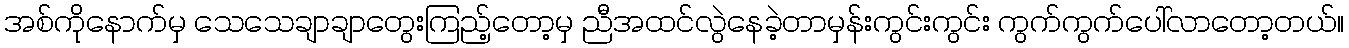
အစ်ကိုနောက်မှ သေသေချာချာတွေးကြည့်တော့မှ ညီအထင်လွဲနေခဲ့တာမှန်းကွင်းကွင်း ကွက်ကွက်ပေါ်လာတော့တယ်။